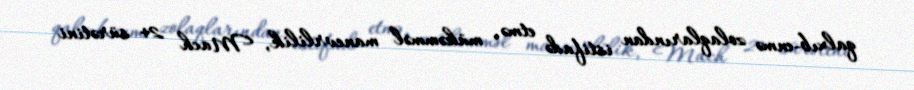
qalxıb-enmə zolaqlarından istifadə etmə, mükəmməl manevrlilik, Mach 2+ sürətini